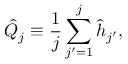
\hat { Q } _ { j } \equiv \frac { 1 } { j } \sum _ { j ^ { \prime } = 1 } ^ { j } \hat { h } _ { j ^ { \prime } } ,